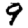
Digit: 9